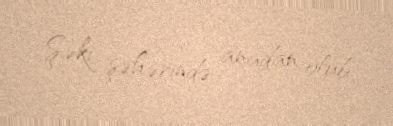
Şəki şəhərində anadan olub.